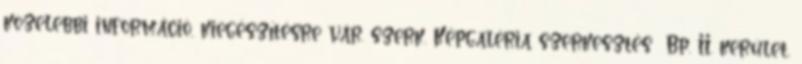
közelebbi információ, kiegészítésre vár. szerk. Képgaléria szerkesztés Bp. II. kerület,